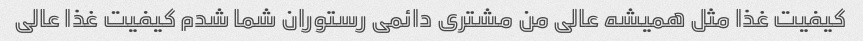
کیفیت غذا مثل همیشه عالی من مشتری دائمی رستوران شما شدم کیفیت غذا عالی